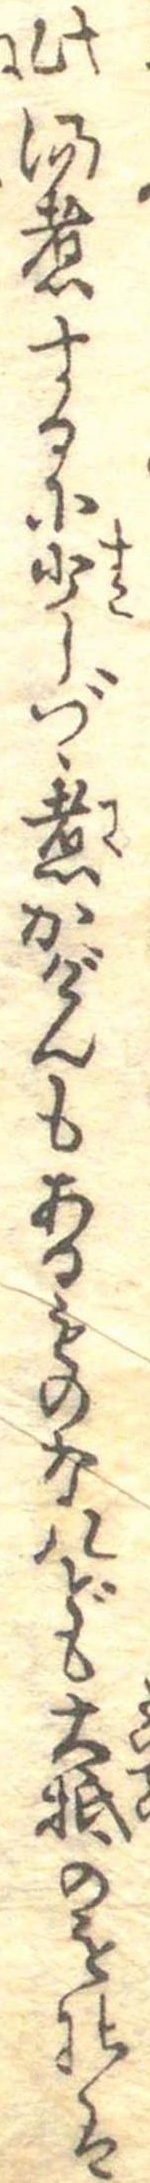
此湯煮するに少しづゝ煮かげんもあるものなれども大抵のものは